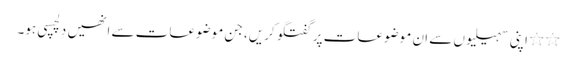
٭٭ اپنی سہیلیوں سے ان موضوعات پر گفتگو کریں، جن موضوعات سے انھیں دِلچسپی ہو۔